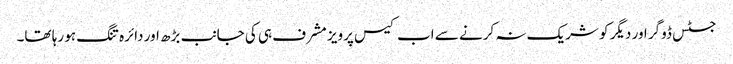
جسٹس ڈوگر اور دیگر کو شریک نہ کرنے سے اب کیس پرویز مشرف ہی کی جانب بڑھ اور دائرہ تنگ ہو رہا تھا۔